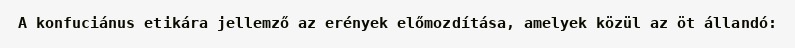
A konfuciánus etikára jellemző az erények előmozdítása, amelyek közül az öt állandó: